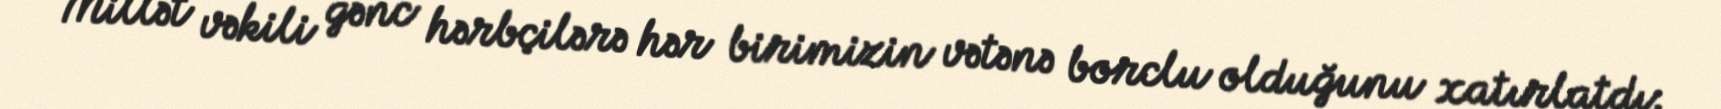
Millət vəkili gənc hərbçilərə hər birimizin vətənə borclu olduğunu xatırlatdı: